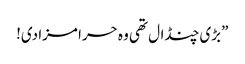
”بڑی چنڈال تھی وہ حرا مزا دی!